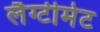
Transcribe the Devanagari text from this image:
लैग्टीमेट